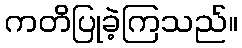
ကတိပြုခဲ့ကြသည်။